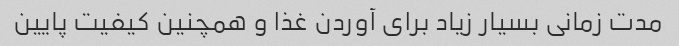
مدت زمانی بسیار زیاد برای آوردن غذا و همچنین کیفیت پایین